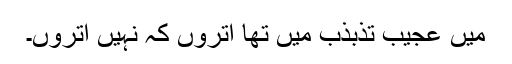
میں عجیب تذبذب میں تھا اتروں کہ نہیں اتروں۔